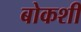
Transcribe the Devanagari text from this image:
बोकशी